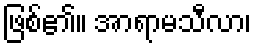
ဖြစ်၏။ အာရာမသီလာ၊